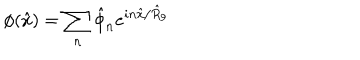
\phi ( \hat { x } ) = \sum _ { n } \hat { \phi } _ { n } e ^ { i n \hat { x } / \hat { R } _ { 9 } }